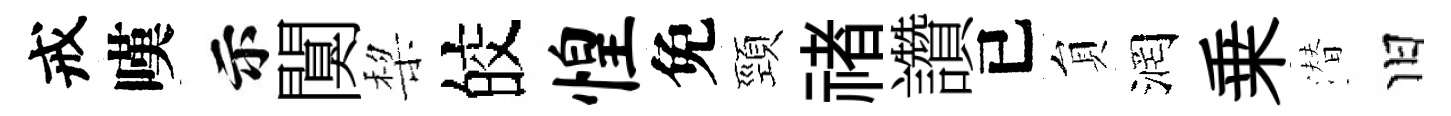
戒嘆示闃棃皎惶免頸禇讚已貟润乗潜旧